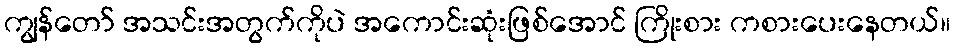
ကျွန်တော် အသင်းအတွက်ကိုပဲ အကောင်းဆုံးဖြစ်အောင် ကြိုးစား ကစားပေးနေတယ်။